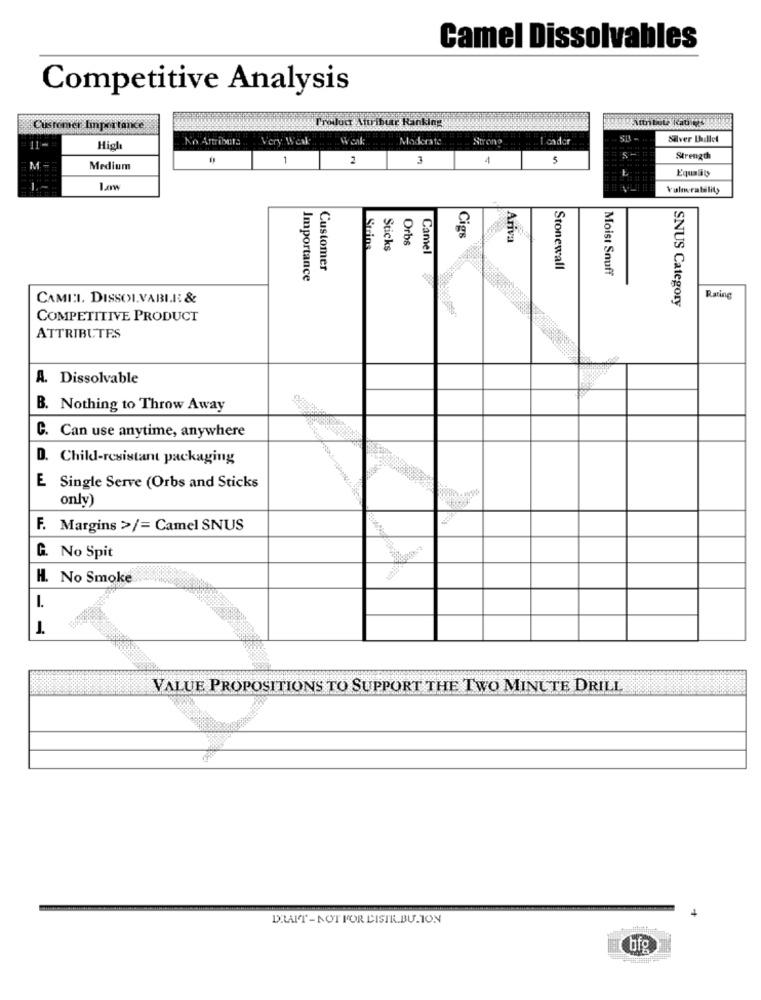
Camel Dissolvables
Competitive Analysis
Troilocr Attributr Ranking
Customer Importance
An Artribers
Very Weak
W cal:
Moderate
Strono
I cador
Silver Bullet
11-
High
1
2
3
1
5
s-
Strength
M.
Medium
Equality
Vulnerability
Orbs
Cigs
Ariva
Strins
Sticks
Camel
Customer
Stonewall
Moist Snuff
Importance
CAMI:I. DISSOLVABLE: &
SNUS Category
Rating
COMPETITIVE PRODUCT
ATTRIBUTES
A. Dissolvable
B. Nothing to Throw Away
C. Can use anytime, anywhere
D. Child-resistant packaging
E Single Serve (Orbs and Sticks
only)
F. Margins >/= Camel SNUS
G. No Spit
H. No Smoke
-
VALUE PROPOSITIONS TO SUPPORT THE TWO MINUTE DRILL
DRAIT- NOT FOR DISTR.BU. ION
bfg